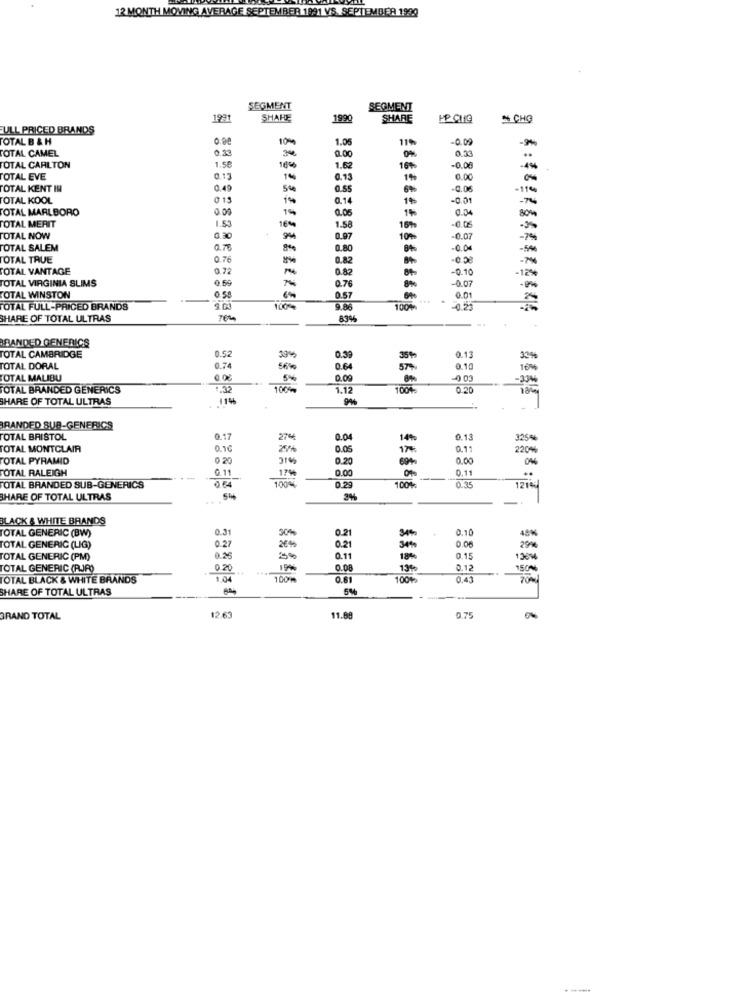
12 MONTH MOVING AVERAGE SEPTEMBER 1991 VS. SEPTEMBER 1990
SEGMENT
SEGMENT
1991
SHARE
1990
SHARE
CHO
ULL PRICED BRANDS
TOTAL B & H
10%
1.05
119
-0.09
TOTAL CAMEL
0.33
0.00
0.33
--
340
TOTAL CARLTON
1.58
1.62
16%
.0.00
-4%
OTAL EVE
0.13
1%
0.13
1%
0.00
TOTAL KENT IN
0.49
0.55
6%
0.06
-110
TOTAL KOOL
013
1%
0.1
1%
-0.01
-7
TOTAL MARLBORO
0.00
1%
0.05
0.04
1.53
16%
-0.05
80%
TOTAL MERIT
1.58
-2%
TOTAL NOW
0.30
0.97
10%
-0.07
TOTAL SALEM
0.80
0.00
-50
OTAL TRUE
0.76
0.82
TOTAL VANTAGE
0.72
0.82
-0.10
-7
TOTAL VIRGINIA SLIMS
0.59
7%6
-12%
0.76
-0.07
TOTAL WINSTON
0.58
0.57
100% ***
-
0.01
TOTAL FULL-PRICED BRANDS
9.00
100%
9.86
20.25
SHARE OF TOTAL ULTRAS
83%4
BANDED GENERICS
0.52
OTAL CAMBRIDGE
39%
0.39
0.13
TOTAL DORAL
0.74
56%
0.64
0.10
TOTAL MALIBU
0.0%
5%
0.09
4 03
TOTAL BRANDED GENERICS
: 32
100%
1.12
100%
0.20
SHARE OF TOTAL ULTRAS
BRANDED SUB-GENERICS
TOTAL BRISTOL
0.17
270
0.04
0.13
325%
TOTAL MONTCLAIR
0.10
0.05
0.11
220%
TOTAL PYRAMID
0.20
31%
0.20
0.00
0%
TOTAL RALEIGH
0 11
17%
0.00
0.11
100%
-
TOTAL BRANDED SUB-GENERICS
0.64
0.29
100%%
0.35
HARE OF TOTAL ULTRAS
BLACK & WHITE BRANDS
TOTAL GENERIC (BW)
0.31
0.10
0.27
0.21
TOTAL GENERIC (LIG)
2645
0.21
0.06
29%
TOTAL GENERIC (PM)
0.26
0.11
0.15
30%
TOTAL GENERIC (RJR)
0.20
19%
0.08
0,12
150%
TOTAL BLACK & WHITE BRANDS
1.04
1009
0.61
100%
0.43
SHARE OF TOTAL ULTRAS
5%
-
GRAND TOTAL
12.63
11.88
0,75